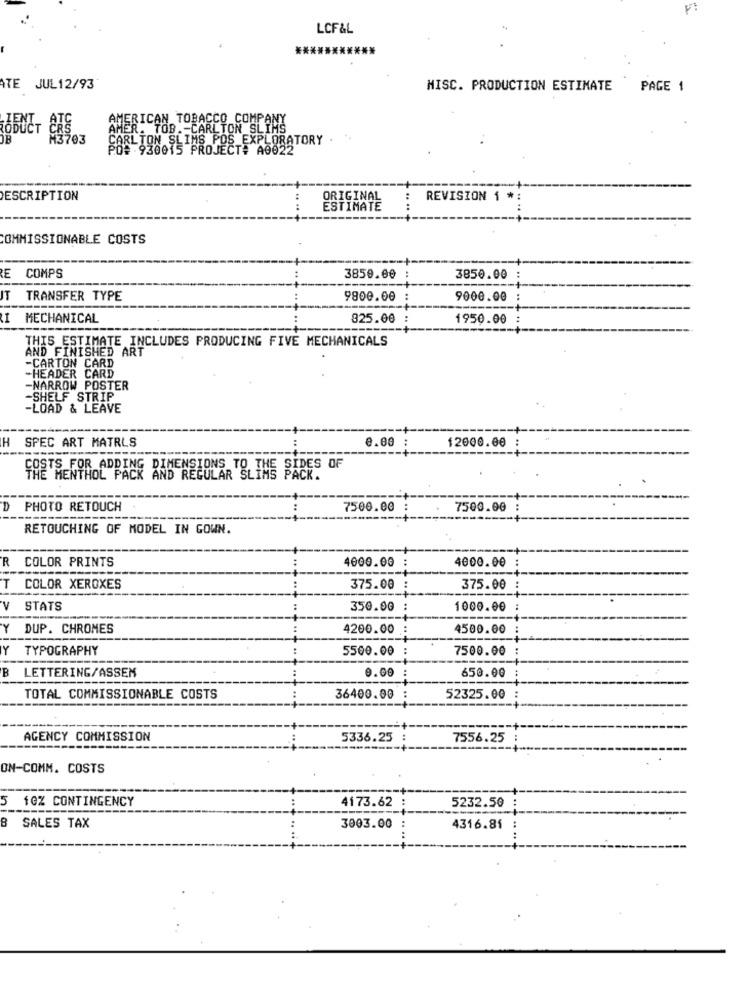
LCF&L
***********
TE JUL12/93
MISC. PRODUCTION ESTIMATE PAGE 1
AMERICAN TOBACCO COMPANY
AMER. TOB .- CARLTON SLIMS
CARLTON SLIMS POS EXPLORATORY
PO# 930015 PROJECT+ A0022
DESCRIPTION
ORIGINAL
REVISION 1 *
ESTIMATE
COMMISSIONABLE COSTS
E COMPS
3859.00
3850.00
T TRANSFER TYPE
9800.00
9000.00
I MECHANICAL
325.00
1950.00
THIS ESTIMATE INCLUDES PRODUCING FIVE MECHANICALS
AND FINISHED ART
-CARTON CARD
-HEADER CARD
-NARROW POSTER
-SHELF STRIP
-LOAD & LEAVE
H
SPEC ART MATRLS
0.00
12000.00
COSTS FOR ADDING DIMENSIONS TO THE SIDES OF
PACK.
D PHOTO RETOUCH
7500.00
7500.00
----
RETOUCHING OF MODEL IN GOWN.
R COLOR PRINTS
4000.00
4000.00
T
COLOR XEROXES
375.00
375.00
V
STATS
350.00
1000.00
Y
DUP. CHROMES
4200.00
4500.00
Y
TYPOGRAPHY
5560.00
7500.00
B LETTERING/ASSEM
0.00
650.00
TOTAL COMMISSIONABLE COSTS
36400.00
52325.00
AGENCY COMMISSION
5336.25
7556.25
ON-COMM. COSTS
5
10% CONTINGENCY
4173.62
5232.50
8
SALES TAX
3003.00
4316.81